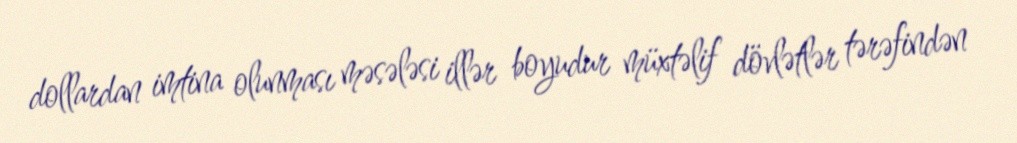
dollardan imtina olunması məsələsi illər boyudur müxtəlif dövlətlər tərəfindən